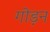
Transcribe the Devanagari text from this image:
गोड़न